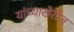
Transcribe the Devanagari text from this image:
यांच्याखेरीज